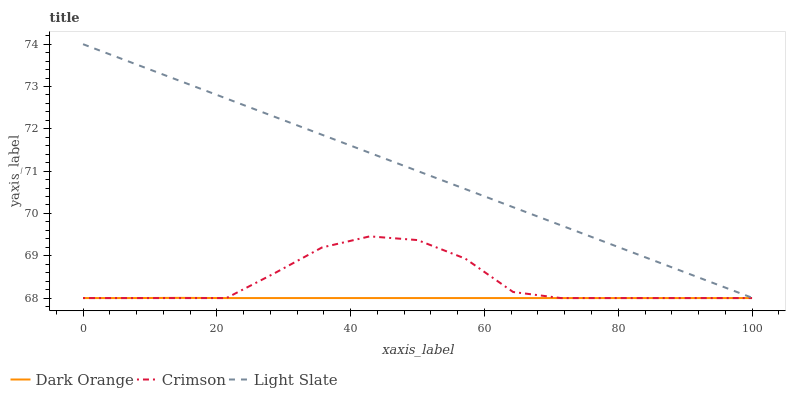
| xaxis_label | Dark Orange | Crimson | Light Slate |
 | --- | --- | --- | --- |
 | 0 | 68 | 68 | 74 |
 | 7.14 | 68 | 68 | 73.6 |
 | 14.3 | 68 | 68 | 73.1 |
 | 21.4 | 68 | 68 | 72.7 |
 | 28.6 | 68 | 68.6 | 72.3 |
 | 35.7 | 68 | 69.2 | 71.9 |
 | 42.9 | 68 | 69.5 | 71.4 |
 | 50 | 68 | 69.4 | 71 |
 | 57.1 | 68 | 68.9 | 70.6 |
 | 64.3 | 68 | 68.1 | 70.1 |
 | 71.4 | 68 | 68 | 69.7 |
 | 78.6 | 68 | 68 | 69.3 |
 | 85.7 | 68 | 68 | 68.9 |
 | 92.9 | 68 | 68 | 68.4 |
 | 100 | 68 | 68 | 68 |